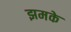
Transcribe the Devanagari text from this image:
झमके